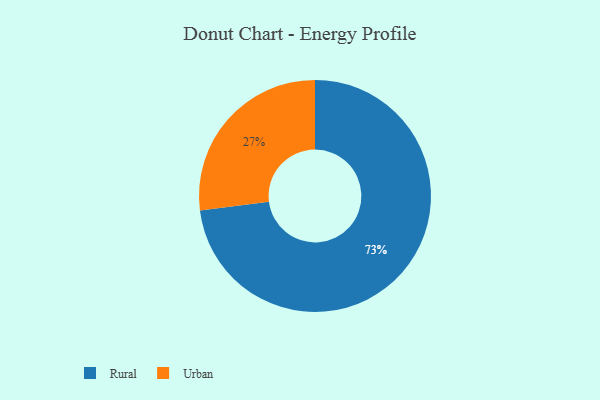
{"axis": {"x": "Category", "y": "Percentage"}, "legend": ["Rural", "Urban"], "data": [{"x": "Rural", "y": 73, "type": "Rural"}, {"x": "Urban", "y": 27, "type": "Urban"}]}